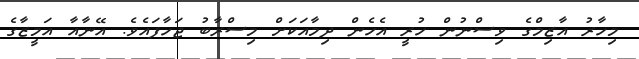
މިހާރު އާޒިމްގެ ވިސްނުން ހުރީ އެހެން ދިމާއަކަށް މިސްރާބު ޖަހާފައެވެ. އޭނާއާ އަމީޒާގެ